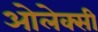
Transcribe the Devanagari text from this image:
ओलेक्सी